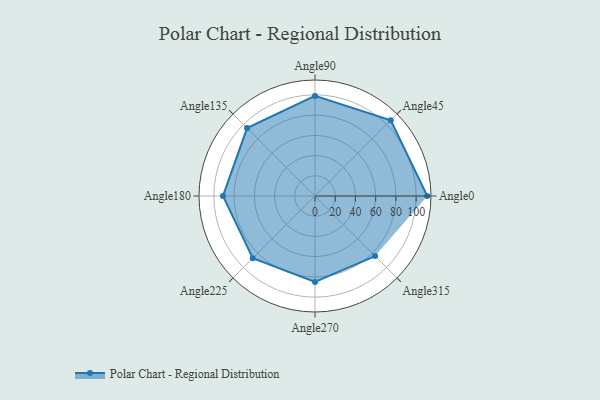
{"axis": {"x": "Angle", "y": "Radius"}, "legend": [""], "data": [{"x": "Angle0", "y": 111.0, "type": ""}, {"x": "Angle45", "y": 106.0, "type": ""}, {"x": "Angle90", "y": 99.0, "type": ""}, {"x": "Angle135", "y": 95.0, "type": ""}, {"x": "Angle180", "y": 91.0, "type": ""}, {"x": "Angle225", "y": 87.0, "type": ""}, {"x": "Angle270", "y": 85.0, "type": ""}, {"x": "Angle315", "y": 84.0, "type": ""}]}